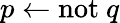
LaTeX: p\leftarrow\mathrm{not}~q